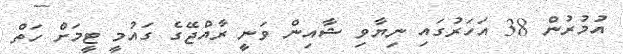
އުމުރުން 38 އަހަރުގައި ނިޔާވި ޝާއިން ވަނީ ރާއްޖޭގެ ގައުމީ ޓީމަށް ހަތް